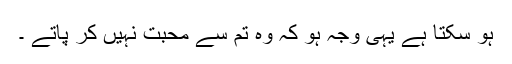
ہو سکتا ہے یہی وجہ ہو کہ وہ تم سے محبت نہیں کر پاتے ۔